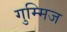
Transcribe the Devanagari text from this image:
गुम्मिज